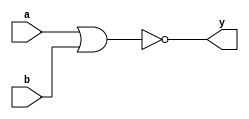
module norG (
    input a,
    input b,      
    output y 
);
    wire a, b, y;
    
    parameter tpd_min = 1 ;
    parameter tpd_max = 4.5; 
    parameter Vcc = 5;

    assign #(tpd_min:tpd_max:tpd_max) y = !(a | b);
endmodule